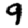
Digit: 9